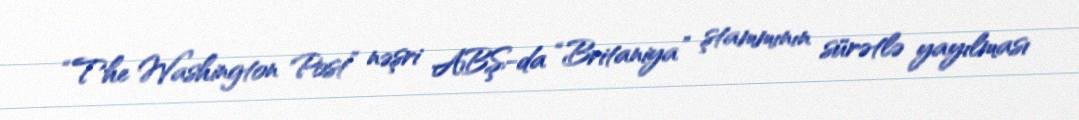
“The Washington Post” nəşri ABŞ-da “Britaniya” ştammının sürətlə yayılması